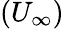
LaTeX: \left(U_{\infty}\right)